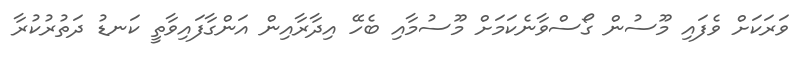
ވަރަކަށް ވެފައި މޫސުން ގޯސްވާނެކަމަށް މޫސުމާއި ބެހޭ އިދާރާއިން އަންގާފައިވާތީ ކަނޑު ދަތުރުކުރާ